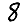
Digit: 8